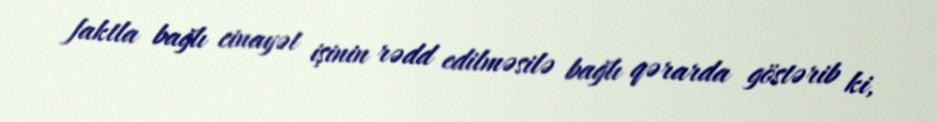
faktla bağlı cinayət işinin rədd edilməsilə bağlı qərarda göstərib ki,